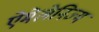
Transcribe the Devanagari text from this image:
ऐमेलेनिज्म